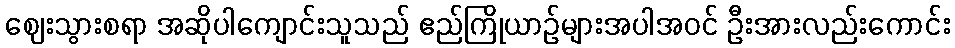
ဈေးသွားစရာ အဆိုပါကျောင်းသူသည် ဧည်ကြိုယာဉ်များအပါအဝင် ဦးအားလည်းကောင်း